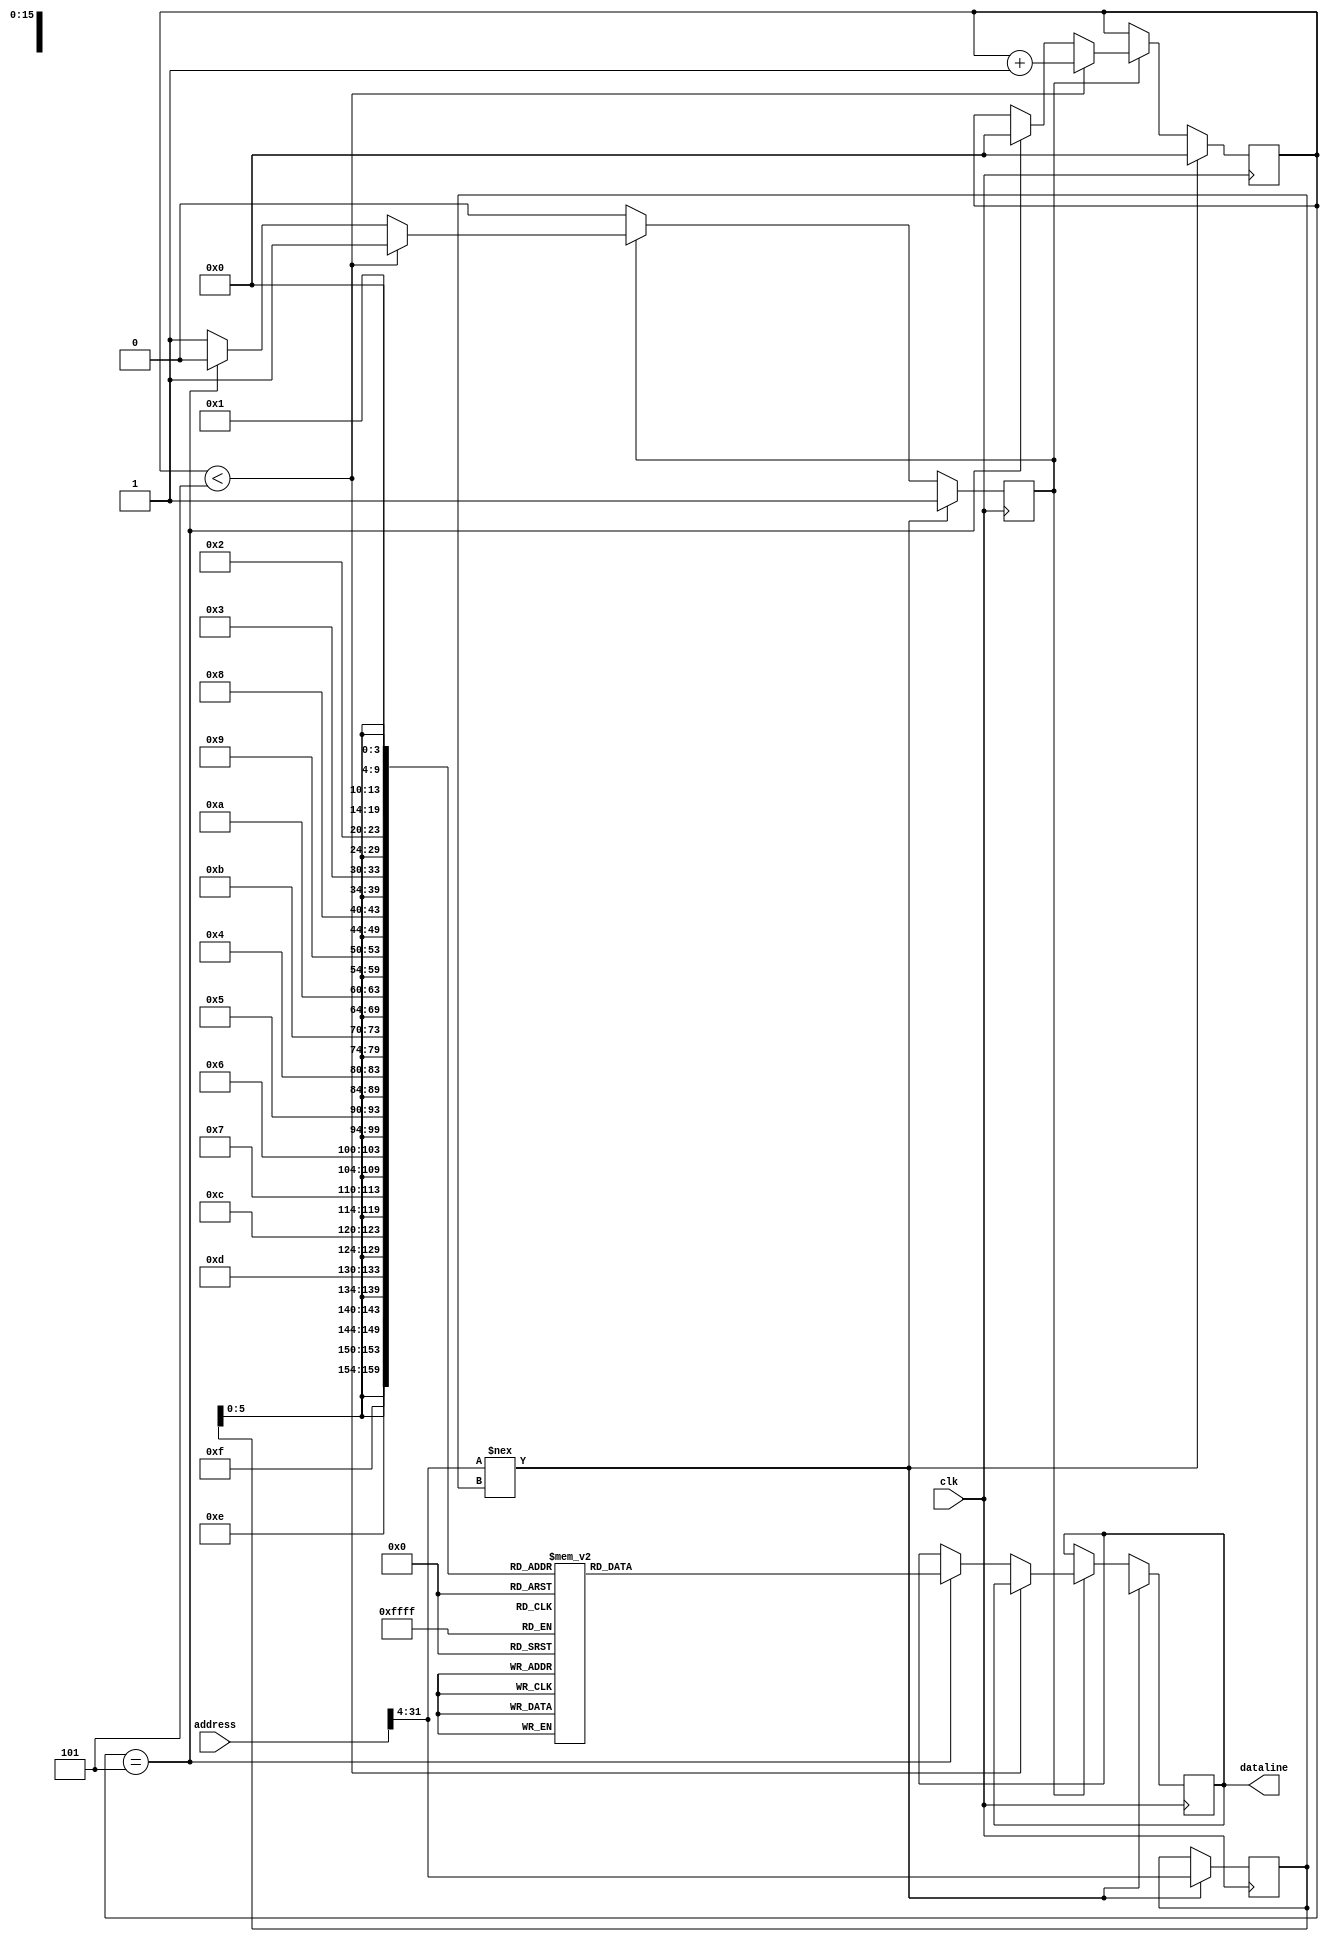
`timescale 1ns / 1ps
//////////////////////////////////////////////////////////////////////////////////
// Company: 
// Engineer: 
// 
// Design Name: 
// Module Name:    instructionmemory 
// Project Name: 
// Target Devices: 
// Tool versions: 
// Description: 
//
// Dependencies: 
//
// Revision: 
// Revision 0.01 - File Created
// Additional Comments: 
//
//////////////////////////////////////////////////////////////////////////////////
module instructionmemory(clk,address,dataline);
	input wire clk;
	input wire [31:0]address;
	output reg [127:0]dataline;
	reg [31:0]addressreg;
	reg [3:0]counter=0;
	reg [7:0]memory[1023:0];
	reg flag=0;
	
	integer i;
	initial begin
		for(i=0;i<1023;i=i+1)begin
			memory[i]=i%200;
		end
	end	
  
	always @(posedge clk)begin
		if(address[31:4] !== addressreg[31:4])begin
			dataline <= 128'bx;
			counter <= 0;
			flag <= 1;
			addressreg[31:4] <= address[31:4];
		end
		else if(flag == 1)begin
			if(counter < 5)begin
				counter <= counter+1;
			end
			else if(counter == 5) begin
				dataline<={
					
					memory[{addressreg[31:4],4'd15}],
					memory[{addressreg[31:4],4'd14}],
					memory[{addressreg[31:4],4'd13}],
					memory[{addressreg[31:4],4'd12}],
					
					memory[{addressreg[31:4],4'd7}],
					memory[{addressreg[31:4],4'd6}],
					memory[{addressreg[31:4],4'd5}],
					memory[{addressreg[31:4],4'd4}],
					
					memory[{addressreg[31:4],4'd11}],
					memory[{addressreg[31:4],4'd10}],
					memory[{addressreg[31:4],4'd9}],
					memory[{addressreg[31:4],4'd8}],
					
					memory[{addressreg[31:4],4'd3}],
					memory[{addressreg[31:4],4'd2}],
					memory[{addressreg[31:4],4'd1}],
					memory[{addressreg[31:4],4'd0}]
       							
				};
				counter <= 0;
				flag <= 0;
			end
		end
	end
	
endmodule